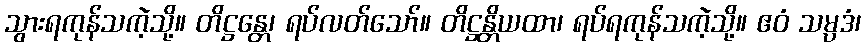
သွားရကုန်သကဲ့သို့။ တိဋ္ဌန္တေ၊ ရပ်လတ်သော်။ တိဋ္ဌန္တိယထာ၊ ရပ်ရကုန်သကဲ့သို့။ ဧဝံ သမ္ပဒံ၊